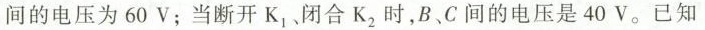
间的电压为60V；当断开K_{1}、闭合K_{2}时，B、C间的电压是40V。已知